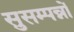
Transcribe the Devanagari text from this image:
सुसम्पन्नों